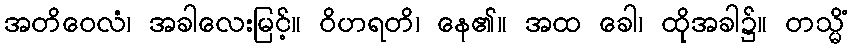
အတိဝေလံ၊ အခါလေးမြင့်။ ဝိဟရတိ၊ နေ၏။ အထ ခေါ၊ ထိုအခါ၌။ တသ္မိံ